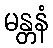
မန္တနံ